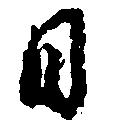
日